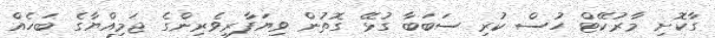
ގާކޮށި މާރުކޭޓް ހުސް ކުރި ސަބަބާ ގުޅޭ ގޮތުން ވިޔަފާރިވެރިންގެ ޖަމިއްޔާގެ ބަހެއް